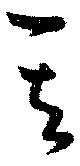
其